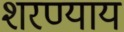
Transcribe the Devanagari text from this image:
शरण्याय